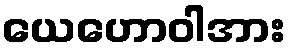
ယေဟောဝါအား